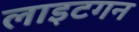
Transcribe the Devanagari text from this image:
लाइटगन